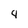
Character: 4